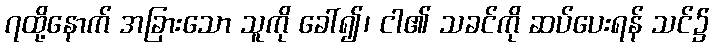
၇ထို့နောက် အခြားသော သူကို ခေါ်၍၊ ငါ၏ သခင်ကို ဆပ်ပေးရန် သင်၌